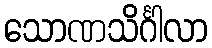
သောဏသိင်္ဂါလာ